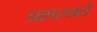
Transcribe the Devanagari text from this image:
प्रशस्यते